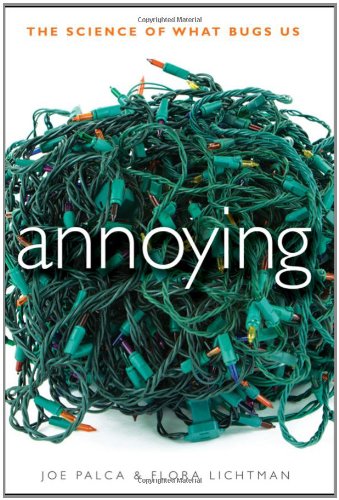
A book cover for Annoying: The Science of What Bugs Us; Joe Palca; Medical Books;